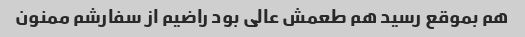
هم بموقع رسید هم طعمش عالی بود راضیم از سفارشم ممنون